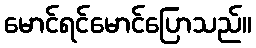
မောင်ရင်မောင်ပြောသည်။